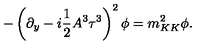
- \left( \partial _ { y } - i \frac { 1 } { 2 } A ^ { 3 } \tau ^ { 3 } \right) ^ { 2 } \phi = m _ { K K } ^ { 2 } \phi .